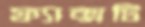
ফ্যাক্সটি